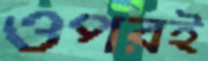
ওপরই